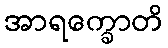
အာရက္ခောတိ